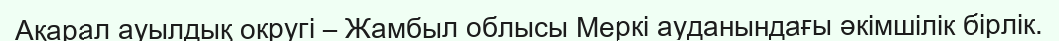
Ақарал ауылдық округі – Жамбыл облысы Меркі ауданындағы әкімшілік бірлік.